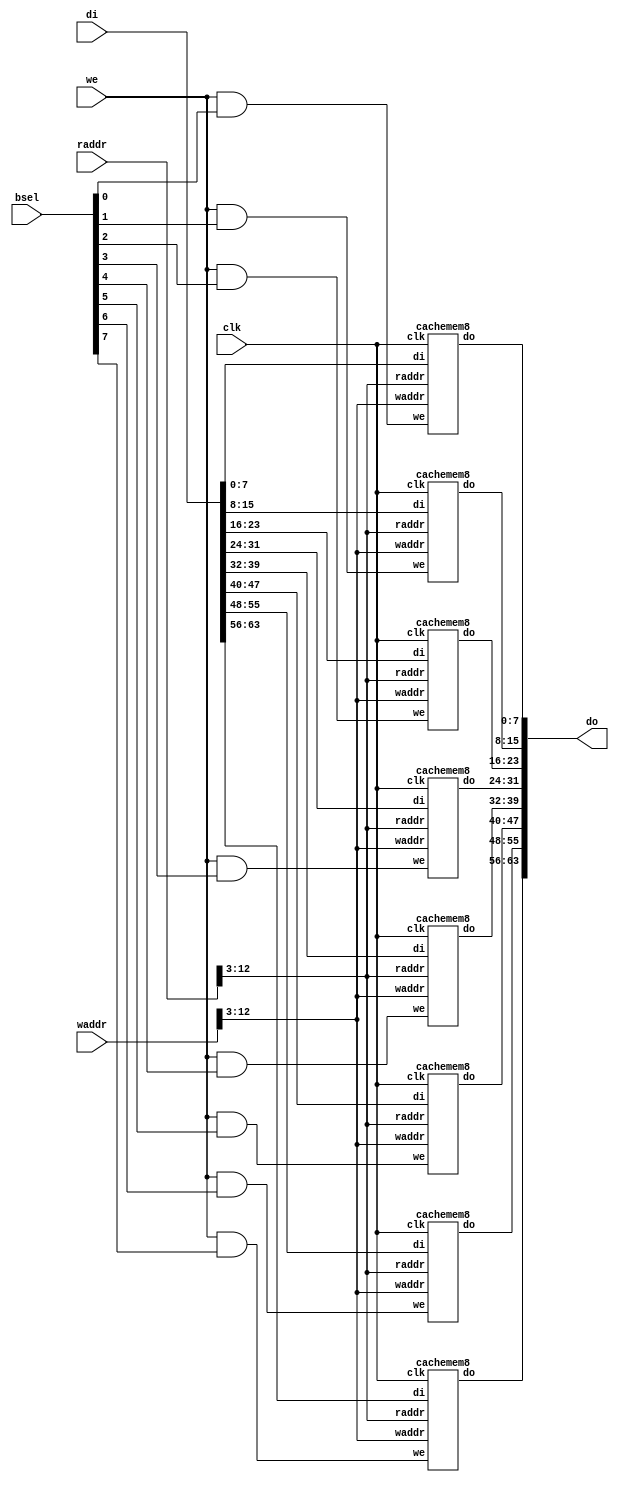
module cache
(
    input [12:0]raddr,
    input [12:0]waddr,
    input [63:0]di,
    input we,
    input [7:0]bsel,
    output [63:0]do,
    input clk
);
cachemem8 cacheblk0
(   .clk(clk),
    .raddr(raddr[12:3]),
    .waddr(waddr[12:3]),
    .di(di[7:0]),
    .do(do[7:0]),
    .we(we&bsel[0])
);
cachemem8 cacheblk1
(   .clk(clk),
    .raddr(raddr[12:3]),
    .waddr(waddr[12:3]),
    .di(di[15:8]),
    .do(do[15:8]),
    .we(we&bsel[1])
);
cachemem8 cacheblk2
(   .clk(clk),
    .raddr(raddr[12:3]),
    .waddr(waddr[12:3]),
    .di(di[23:16]),
    .do(do[23:16]),
    .we(we&bsel[2])
);
cachemem8 cacheblk3
(   .clk(clk),
    .raddr(raddr[12:3]),
    .waddr(waddr[12:3]),
    .di(di[31:24]),
    .do(do[31:24]),
    .we(we&bsel[3])
);
cachemem8 cacheblk4
(   .clk(clk),
    .raddr(raddr[12:3]),
    .waddr(waddr[12:3]),
    .di(di[39:32]),
    .do(do[39:32]),
    .we(we&bsel[4])
);
cachemem8 cacheblk5
(   .clk(clk),
    .raddr(raddr[12:3]),
    .waddr(waddr[12:3]),
    .di(di[47:40]),
    .do(do[47:40]),
    .we(we&bsel[5])
);
cachemem8 cacheblk6
(   .clk(clk),
    .raddr(raddr[12:3]),
    .waddr(waddr[12:3]),
    .di(di[55:48]),
    .do(do[55:48]),
    .we(we&bsel[6])
);
cachemem8 cacheblk7
(   .clk(clk),
    .raddr(raddr[12:3]),
    .waddr(waddr[12:3]),
    .di(di[63:56]),
    .do(do[63:56]),
    .we(we&bsel[7])
);

endmodule

module cachemem8
(
    input clk,
    input [9:0]raddr,
    input [9:0]waddr,
    input [7:0]di,
    output reg[7:0]do,
    input we
);
reg [7:0]memcell[1023:0];

always @(posedge clk)
begin
	do<=memcell[raddr]; 
    if(we)
      memcell[waddr]<=di;
//    else
 //     memcell[waddr]<=memcell[waddr];
end

endmodule